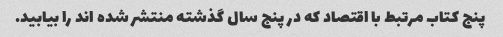
پنج کتاب مرتبط با اقتصاد که در پنج سال گذشته منتشر شده اند را بیابید.